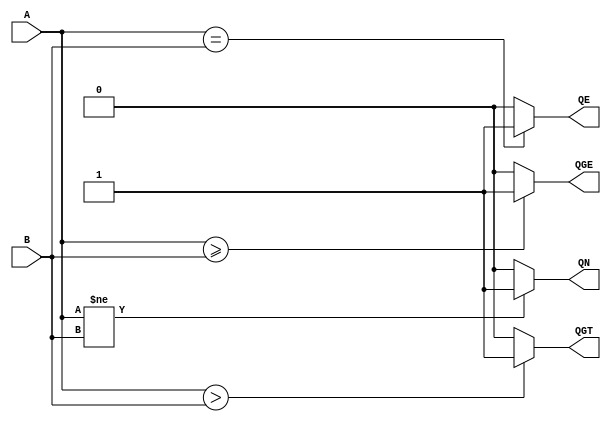
// This program was cloned from: https://github.com/steveicarus/ivtest
// License: GNU General Public License v2.0


module cmpN
  #(parameter WID = 4)
   (input wire [WID-1:0] A,
    input wire [WID-1:0] B,
    output reg QE, QN, QGT, QGE
    /* */);

   always @(A, B)
     if (A > B)
       QGT = 1;
     else
       QGT = 0;

   always @(A, B)
     if (A >= B)
       QGE = 1;
     else
       QGE = 0;

   always @(A, B)
     if (A == B)
       QE = 1;
     else
       QE = 0;

   always @(A, B)
     if (A != B)
       QN = 1;
     else
       QN = 0;


/*
   always @(A, B)
      if (A > B) begin
	 QE = 0;
	 QN = 1;
	 QGT = 1;
	 QGE = 1;
      end else if (A == B) begin
	 QE = 1;
	 QN = 0;
	 QGT = 0;
	 QGE = 1;
      end else begin
	 QE = 0;
	 QN = 1;
	 QGT = 0;
	 QGE = 0;
      end
*/
endmodule // add